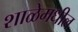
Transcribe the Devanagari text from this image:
शाळेमधील